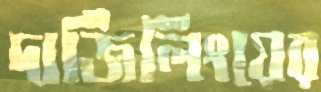
দার্জিলিংয়ের